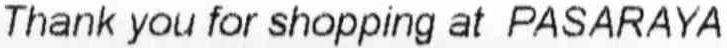
THANK YOU FOR SHOPPING AT PASARAYA